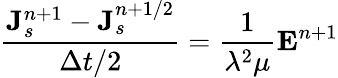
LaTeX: \frac{{\mathbf J}_{s}^{n+1}-{\mathbf J}_{s}^{n+1/2}}{\Delta t/2}=\frac{1}{\lambda^{2}\mu}{\mathbf E}^{n+1}